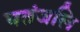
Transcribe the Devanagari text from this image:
पतंजलि